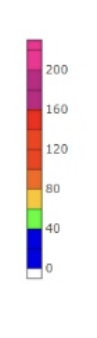
Blue: 0 to 40
Green: 40 to 60
Yellow: 60 to 80
Orange: 80 to 100
Dark Orange: 100 to 120
Red: 120 to 160
Magenta: 160 to 200
Pink: 200 to 230